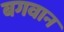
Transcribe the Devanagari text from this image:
बगवान